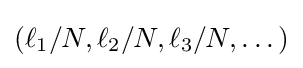
(\ell _{1}/N,\ell _{2}/N,\ell _{3}/N,\dots )